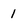
Character: 1